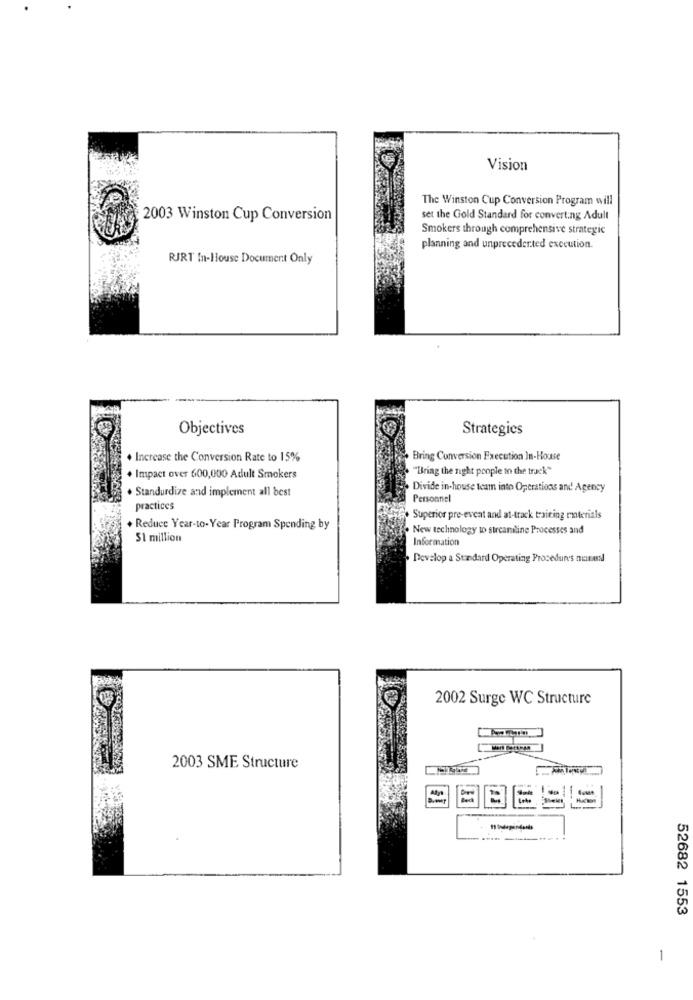
Vision
The Winston Cup Conversion Program will
2003 Winston Cup Conversion
set the Gold Standard for converting Adult
Smokers through comprehensive strategic
planning and unprecedented execution.
RJRT In-House Document Only
Objectives
Strategies
. Increase the Conversion Rate to 15%
Bring Conversion Execution In-House
. "Bring the night people to the track"
+ Impact over 600,000 Adult Smokers
. Standurdize and implement all best
Divide in-house team into Operations and Agency
Personnel
practices
Superior pre-evcat and at-track training materials
+ Reduce Year-to- Year Program Spending by
. New technology to streamline Processes and
51 million
Information
. Develop a Standard Operating Procedure's nunesl
2002 Surge WC Structure
2003 SME Structure
52682 1553
1